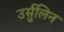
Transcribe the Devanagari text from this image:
उर्सुलिन